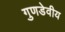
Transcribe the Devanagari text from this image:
गुणडेवीय